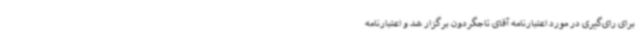
برای رای‌گیری در مورد اعتبارنامه آقای تاجگردون برگزار شد و اعتبارنامه